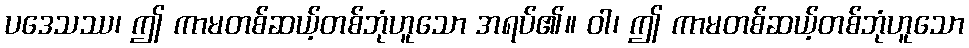
ပဒေသဿ၊ ဤ ကာမတစ်ဆယ့်တစ်ဘုံဟူသော အရပ်၏။ ဝါ၊ ဤ ကာမတစ်ဆယ့်တစ်ဘုံဟူသော